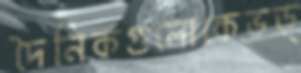
দৈনিকগুলোকেভড়্‌